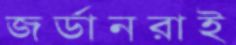
জর্ডানরাই